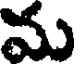
మ